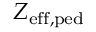
Z _ { \mathrm { e f f , p e d } }